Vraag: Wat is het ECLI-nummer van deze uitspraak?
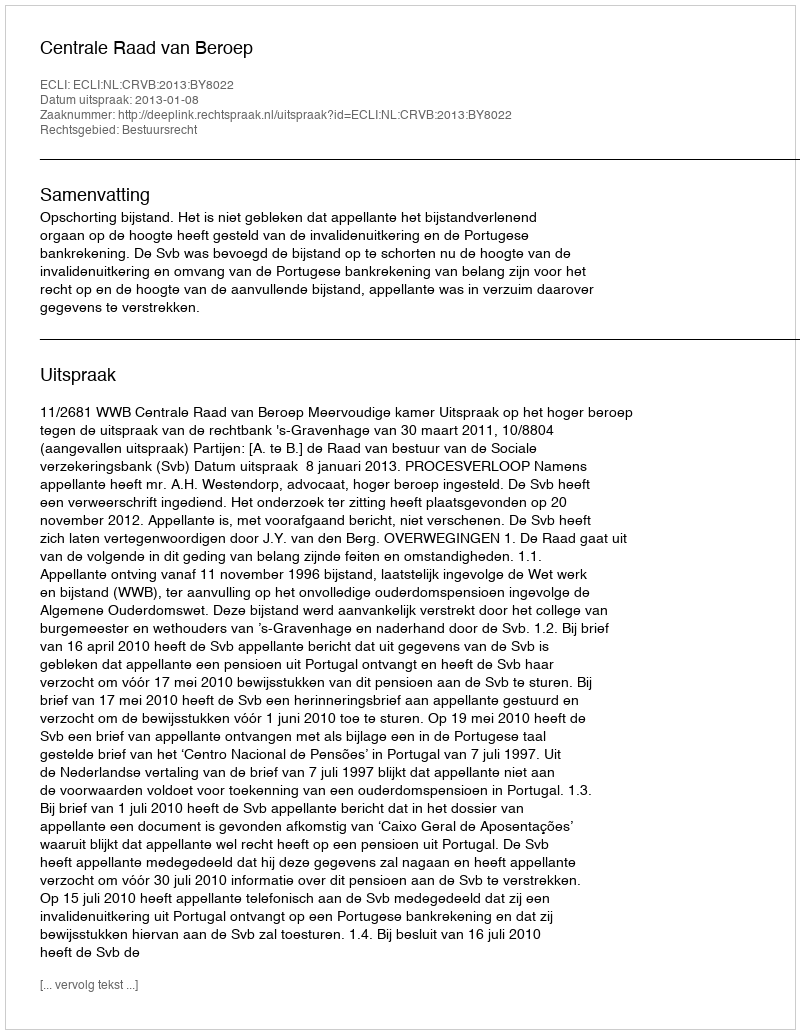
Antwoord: ECLI:NL:CRVB:2013:BY8022